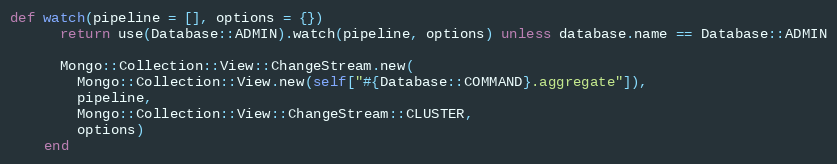
Language: Ruby
def watch(pipeline = [], options = {})
      return use(Database::ADMIN).watch(pipeline, options) unless database.name == Database::ADMIN

      Mongo::Collection::View::ChangeStream.new(
        Mongo::Collection::View.new(self["#{Database::COMMAND}.aggregate"]),
        pipeline,
        Mongo::Collection::View::ChangeStream::CLUSTER,
        options)
    end